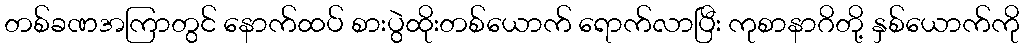
တစ်ခဏအကြာတွင် နောက်ထပ် စားပွဲထိုးတစ်ယောက် ရောက်လာပြီး ကုစာနာဂိတို့ နှစ်ယောက်ကို